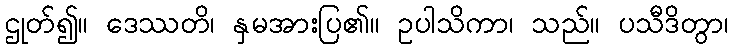
ဌုတ်၍။ ဒေဿတိ၊ နှမအားပြ၏။ ဥပါသိကာ၊ သည်။ ပသီဒိတွာ၊